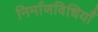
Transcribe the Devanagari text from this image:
निर्माणविधियाँ